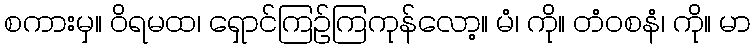
စကားမှ။ ဝိရမထ၊ ရှောင်ကြဉ်ကြကုန်လော့။ မံ၊ ကို။ တံဝစနံ၊ ကို။ မာ